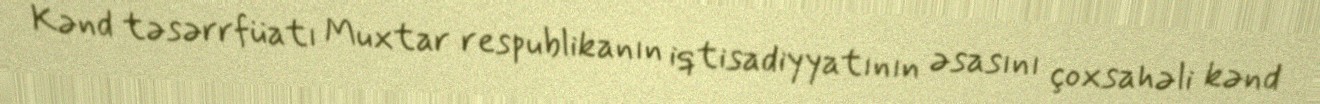
Kənd təsərrfüatı Muxtar respublikanın iqtisadiyyatının əsasını çoxsahəli kənd